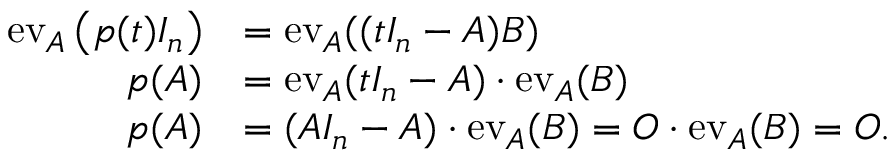
{ \begin{array} { r l } { \operatorname { e v } _ { A } \left( p ( t ) I _ { n } \right) } & { = \operatorname { e v } _ { A } ( ( t I _ { n } - A ) B ) } \\ { p ( A ) } & { = \operatorname { e v } _ { A } ( t I _ { n } - A ) \cdot \operatorname { e v } _ { A } ( B ) } \\ { p ( A ) } & { = ( A I _ { n } - A ) \cdot \operatorname { e v } _ { A } ( B ) = O \cdot \operatorname { e v } _ { A } ( B ) = O . } \end{array} }